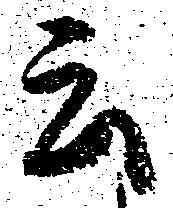
云